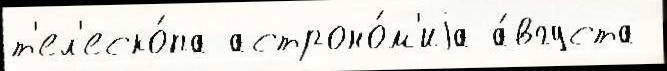
т'ел'еско́па астроно́м'иjа а́вгуста